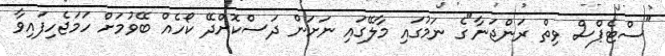
"ސްޓެޕްސް ވިތް ރަންޖަނާ"ގެ ނަމުގައި މާލޭގައި ނަށަން ދަސްކޮށްދޭ ކޯހެއް ބޭވުމަށް ހަމަޖެހިފައިވާ